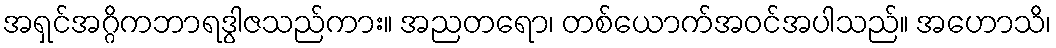
အရှင်အဂ္ဂိကဘာရဒွါဇသည်ကား။ အညတရော၊ တစ်ယောက်အဝင်အပါသည်။ အဟောသိ၊